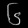
Digit: ၆